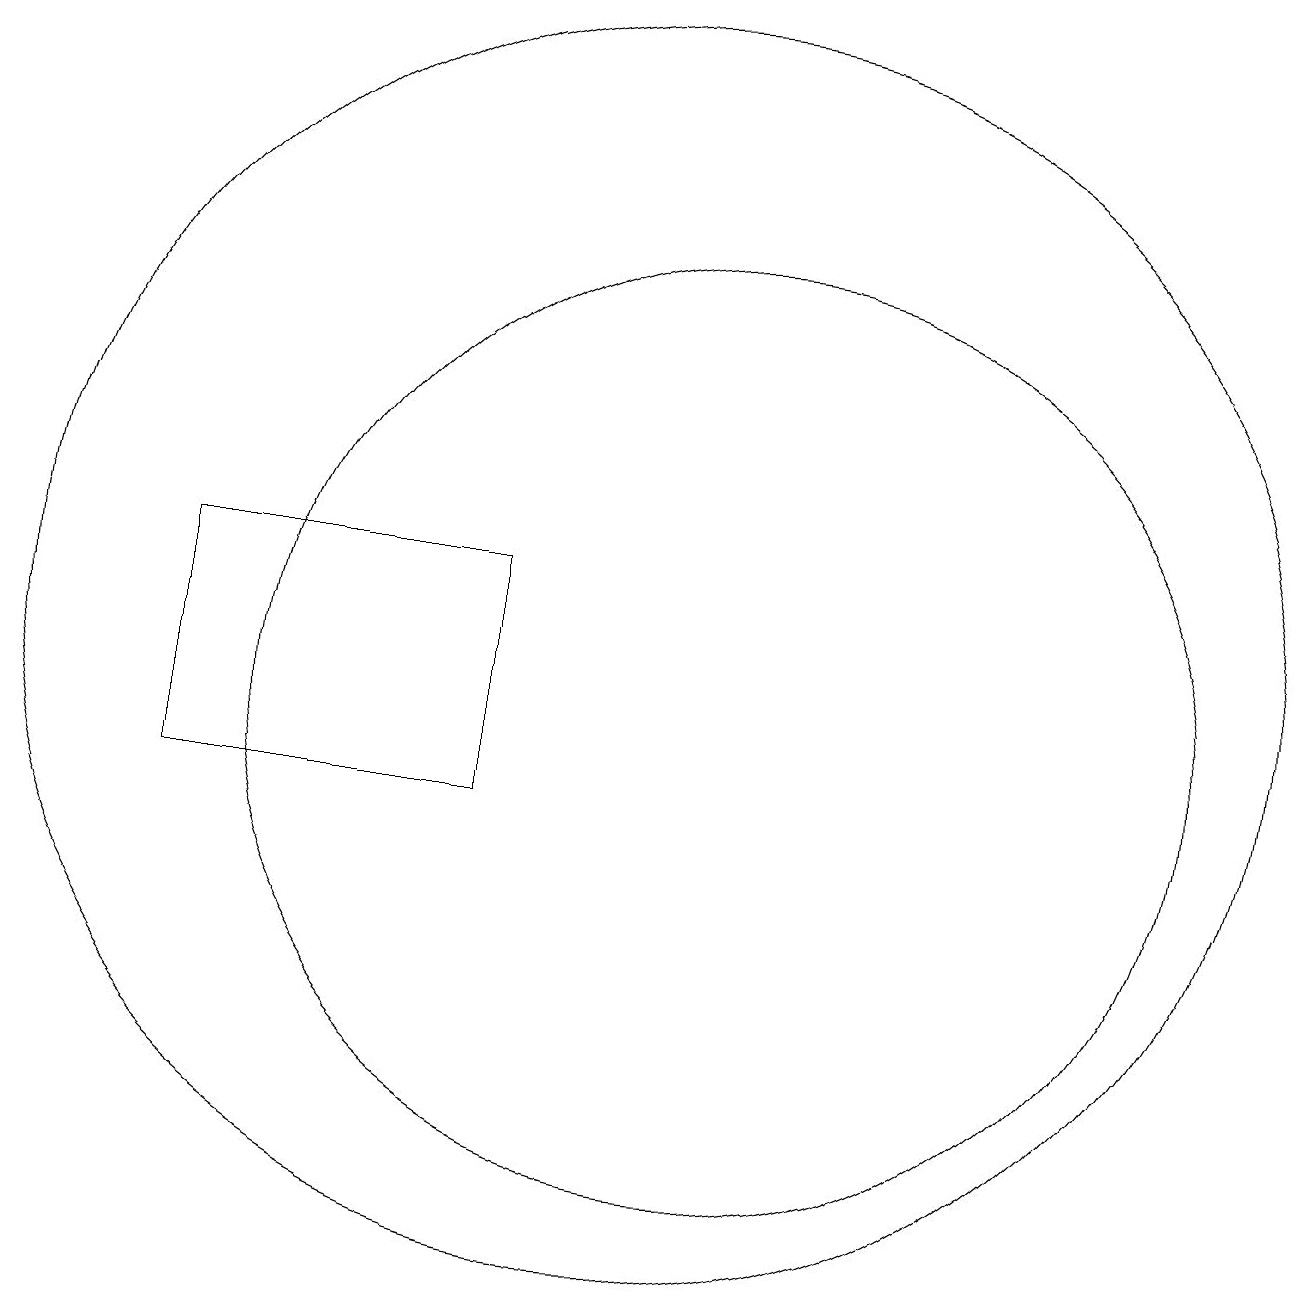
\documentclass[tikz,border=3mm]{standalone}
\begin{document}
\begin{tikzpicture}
\draw (11,11) circle (6);
\draw (10,12) circle (8);
\draw (4,10) rectangle (8,13);
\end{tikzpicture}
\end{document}